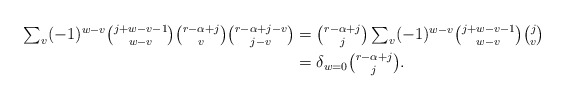
\begin{align*}\textstyle \sum_v(-1)^{w-v} {j+w-v-1\choose w-v} {r-\alpha+j\choose v} {r-\alpha+j-v \choose j-v} & \textstyle = {r-\alpha+j\choose j} \sum_v(-1)^{w-v} {j+w-v-1\choose w-v} {j \choose v} \\ & \textstyle = \delta_{w = 0} {r-\alpha+j\choose j}.\end{align*}